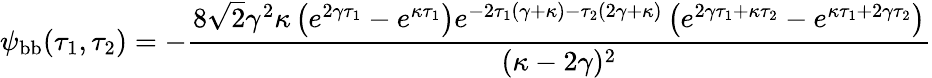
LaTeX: \psi_{\mathrm{bb}}(\tau_{1},\tau_{2})=-\frac{8\sqrt{2}\gamma^{2}\kappa\left(e^{2\gamma\tau_{1}}-e^{\kappa\tau_{1}}\right)e^{-2\tau_{1}(\gamma+\kappa)-\tau_{2}(2\gamma+\kappa)}\left(e^{2\gamma\tau_{1}+\kappa\tau_{2}}-e^{\kappa\tau_{1}+2\gamma\tau_{2}}\right)}{(\kappa-2\gamma)^{2}}